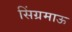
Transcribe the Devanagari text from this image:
सिंग्रमाऊ